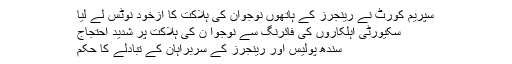
سپریم کورٹ نے رینجرز کے ہاتھوں نوجوان کی ہلاکت کا ازخود نوٹس لے لیا
سکیورٹی اہلکاروں کی فائرنگ سے نوجوا ن کی ہلاکت پر شدید احتجاج
سندھ پولیس اور رینجرز کے سربراہان کے تبادلے کا حکم